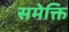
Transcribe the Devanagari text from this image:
समेक्ति